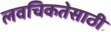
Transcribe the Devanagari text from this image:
लवचिकतेसाठी